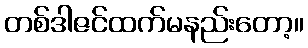
တစ်ဒါဇင်ထက်မနည်းတော့။